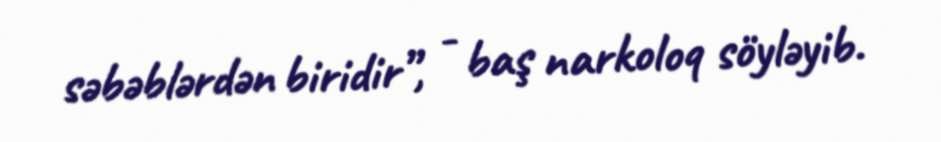
səbəblərdən biridir”, - baş narkoloq söyləyib.